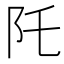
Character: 𮤹